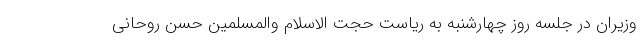
وزیران در جلسه روز چهارشنبه به ریاست حجت الاسلام والمسلمین حسن روحانی